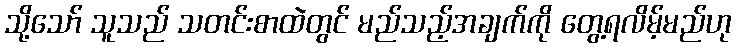
သို့သော် သူသည် သတင်းစာထဲတွင် မည်သည့်အချက်ကို တွေ့ရလိမ့်မည်ဟု